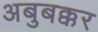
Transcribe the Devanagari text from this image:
अबुबक्कर